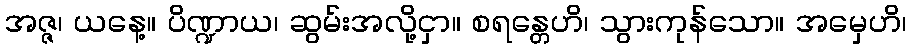
အဇ္ဇ၊ ယနေ့။ ပိဏ္ဍာယ၊ ဆွမ်းအလို့ငှာ။ စရန္တေဟိ၊ သွားကုန်သော။ အမှေဟိ၊